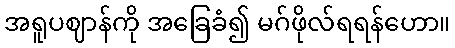
အရူပဈာန်ကို အခြေခံ၍ မဂ်ဖိုလ်ရရန်ဟော။